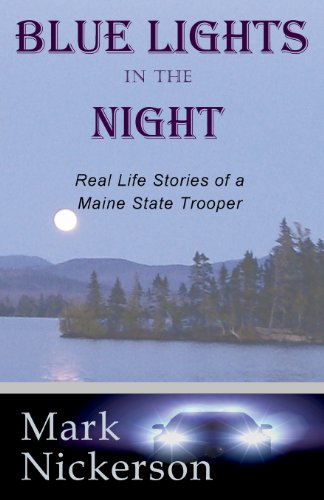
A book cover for Blue Lights in the Night; Mark E. Nickerson; Biographies & Memoirs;